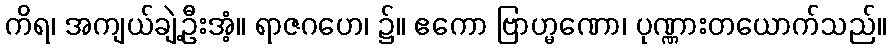
ကိရ၊ အကျယ်ချဲ့ဦးအံ့။ ရာဇဂဟေ၊ ၌။ ဧကော ဗြာဟ္မဏော၊ ပုဏ္ဏားတယောက်သည်။